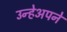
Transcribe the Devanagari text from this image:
उन्हेअपने